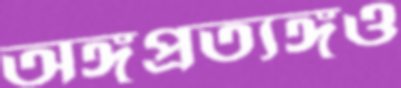
অঙ্গপ্রত্যঙ্গও